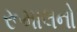
રૂમાલનો